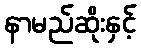
နာမည်ဆိုးနှင့်